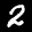
Label: 2